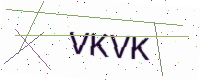
Text: VKVK